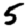
Digit: 5